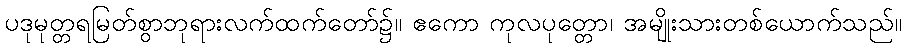
ပဒုမုတ္တရမြတ်စွာဘုရားလက်ထက်တော်၌။ ဧကော ကုလပုတ္တော၊ အမျိုးသားတစ်ယောက်သည်။